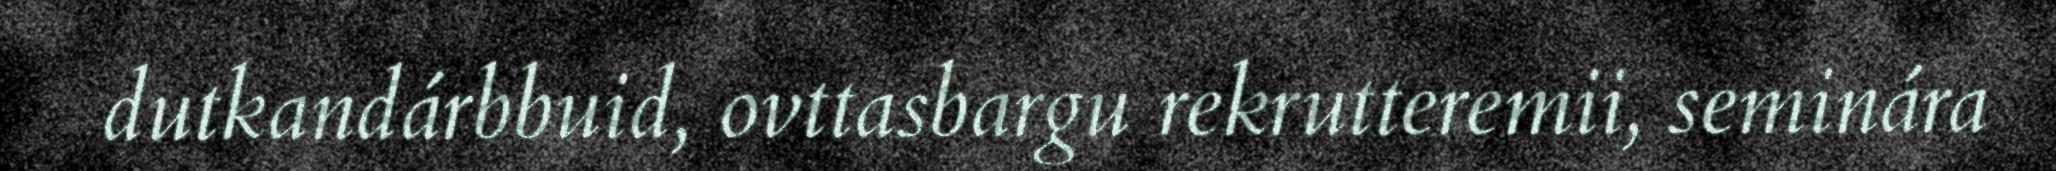
dutkandárbbuid, ovttasbargu rekrutteremii, seminára